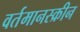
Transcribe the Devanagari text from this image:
वर्तमानस्क्रीन